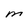
Character: M